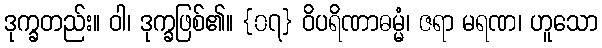
ဒုက္ခတည်း။ ဝါ၊ ဒုက္ခဖြစ်၏။ {၀၇} ဝိပရိဏာဓမ္မံ၊ ဇရာ မရဏ၊ ဟူသော